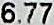
6.77